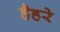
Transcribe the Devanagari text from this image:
हैहरे